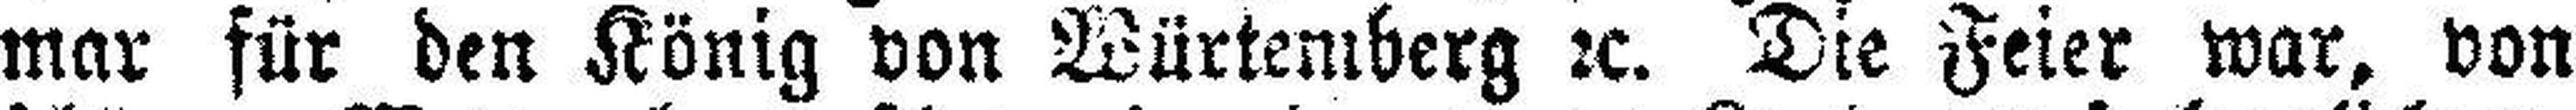
mar für den König von Würtemberg 2c. Die Feier war, von